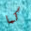
كما